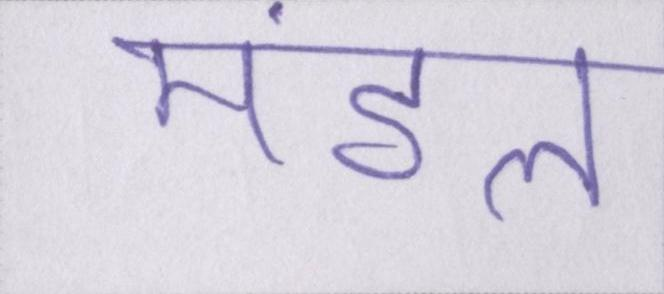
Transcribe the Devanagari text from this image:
मंडल